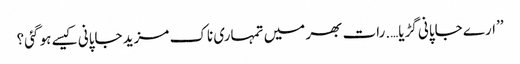
’’ارے جاپانی گڑیا….رات بھر میں تمہاری ناک مزید جاپانی کیسے ہو گئی؟